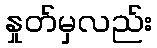
နှုတ်မှလည်း